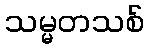
သမ္မတသစ်